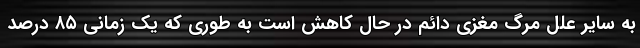
به سایر علل مرگ مغزی دائم در حال کاهش است به طوری که یک زمانی ۸۵ درصد